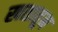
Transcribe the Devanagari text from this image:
खतातून